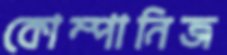
কোম্পানিজ